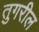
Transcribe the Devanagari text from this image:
तुगरील